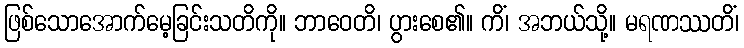
ဖြစ်သောအောက်မေ့ခြင်းသတိကို။ ဘာဝေတိ၊ ပွားစေ၏။ ကိံ၊ အဘယ်သို့။ မရဏဿတိံ၊